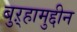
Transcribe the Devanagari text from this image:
बुऱ्हामुद्दीन